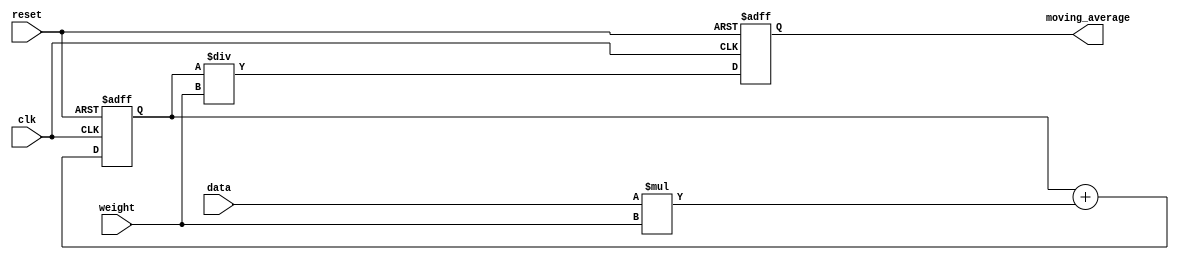
module weighted_moving_average_accumulator (
    input wire clk,
    input wire reset,
    input wire [7:0] data,
    input wire [7:0] weight,
    output reg [15:0] moving_average
);

reg [15:0] accumulator;

always @(posedge clk or posedge reset) begin
    if (reset) begin
        accumulator <= 16'h0000;
        moving_average <= 16'h0000;
    end else begin
        accumulator <= accumulator + data * weight;
        moving_average <= accumulator / weight;
    end
end

endmodule